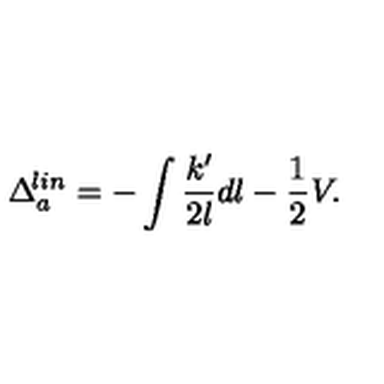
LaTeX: \Delta _ { a } ^ { \! l i n } = - \int \frac { k ^ { \prime } } { 2 l } d l - \frac { 1 } { 2 } V .